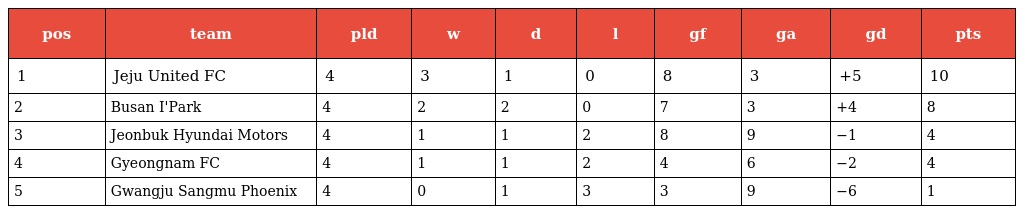
| pos | team | pld | w | d | l | gf | ga | gd | pts |
 | --- | --- | --- | --- | --- | --- | --- | --- | --- | --- |
 | 1 | Jeju United FC | 4 | 3 | 1 | 0 | 8 | 3 | +5 | 10 |
 | 2 | Busan I'Park | 4 | 2 | 2 | 0 | 7 | 3 | +4 | 8 |
 | 3 | Jeonbuk Hyundai Motors | 4 | 1 | 1 | 2 | 8 | 9 | −1 | 4 |
 | 4 | Gyeongnam FC | 4 | 1 | 1 | 2 | 4 | 6 | −2 | 4 |
 | 5 | Gwangju Sangmu Phoenix | 4 | 0 | 1 | 3 | 3 | 9 | −6 | 1 |